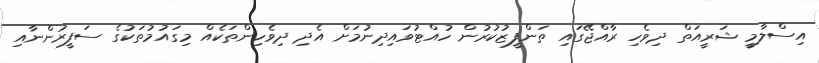
އިސްލާމީ ޝަރީއަތް ދިވެހި ރާއްޖޭގައި ތަންފީޒުކުރުން ހުއްޓުވައިދިނުމަށް އެދި ދިވެހިންތަކެއް މިގައުމުތަކުގެ ސަފީރުންނާއި